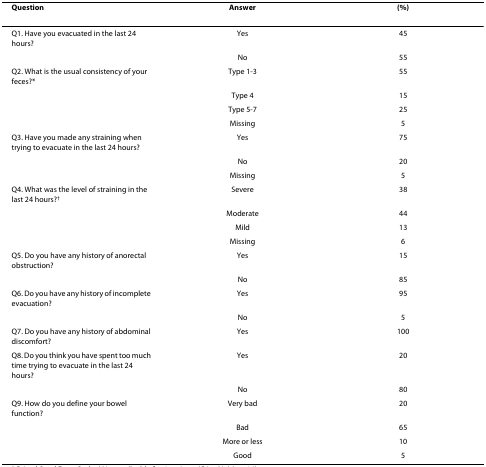
| Question | Answer | (%) |
 | --- | --- | --- |
 | Q1. Have you evacuated in the last 24 hours? | Yes | 45 |
 |  | No | 55 |
 | Q2. What is the usual consistency of your feces?* | Type 1-3 | 55 |
 |  | Type 4 | 15 |
 |  | Type 5-7 | 25 |
 |  | Missing | 5 |
 | Q3. Have you made any straining when trying to evacuate in the last 24 hours? | Yes | 75 |
 |  | No | 20 |
 |  | Missing | 5 |
 | Q4. What was the level of straining in the last 24 hours?† | Severe | 38 |
 |  | Moderate | 44 |
 |  | Mild | 13 |
 |  | Missing | 6 |
 | Q5. Do you have any history of anorectal obstruction? | Yes | 15 |
 |  | No | 85 |
 | Q6. Do you have any history of incomplete evacuation? | Yes | 95 |
 |  | No | 5 |
 | Q7. Do you have any history of abdominal discomfort? | Yes | 100 |
 | Q8. Do you think you have spent too much time trying to evacuate in the last 24 hours? | Yes | 20 |
 |  | No | 80 |
 | Q9. How do you define your bowel function? | Very bad | 20 |
 |  | Bad | 65 |
 |  | More or less | 10 |
 |  | Good | 5 |